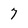
Character: 7